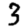
Digit: 3